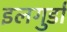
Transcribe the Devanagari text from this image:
इलगुर्डा